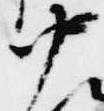
中